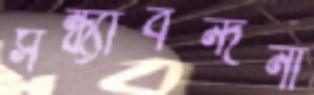
সন্ধ্যাবন্দনা